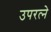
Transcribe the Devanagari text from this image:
उपरत्‍ने